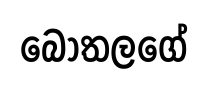
බෝතලගේ